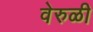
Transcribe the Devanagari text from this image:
वेरुळी